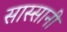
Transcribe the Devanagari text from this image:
सास्सानी